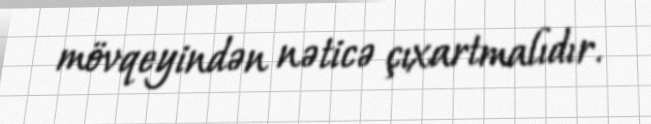
mövqeyindən nəticə çıxartmalıdır.